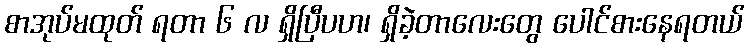
စာအုပ်မထုတ် ရတာ ၆ လ ရှိပြီပဟ၊ ရှိခဲ့တာလေးတွေ ပေါင်စားနေရတယ်